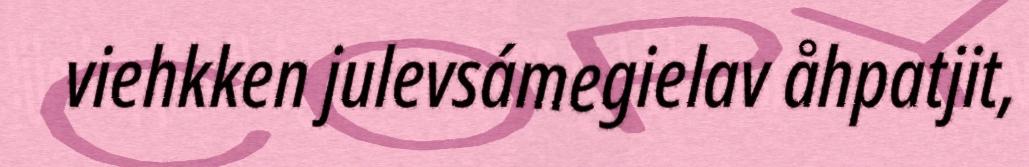
viehkken julevsámegielav åhpatjit,